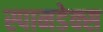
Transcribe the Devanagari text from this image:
स्पानडेक्स